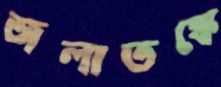
জলাতঙ্কে